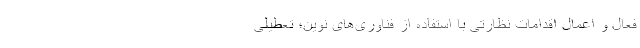
فعال و اعمال اقدامات نظارتی با استفاده از فناوری‌های نوین؛ تعطیلی